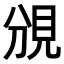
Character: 𧠚